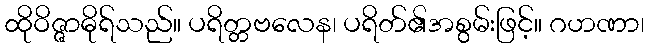
ထိုဝိဇ္ဇာဓိုရ်သည်။ ပရိတ္တဗလေန၊ ပရိတ်၏အစွမ်းဖြင့်။ ဂဟဏာ၊